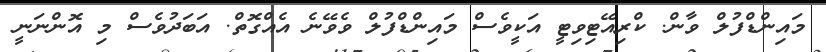
މައިންޑްފުލް ވާން. ކްރިއޭޓިވިޓީ އަކީވެސް މައިންޑްފުލް ވެވޭނެ އެއްގޮތް. އަބަދުވެސް މި އޮންނަނީ